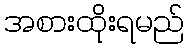
အစားထိုးရမည်